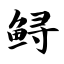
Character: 鲟